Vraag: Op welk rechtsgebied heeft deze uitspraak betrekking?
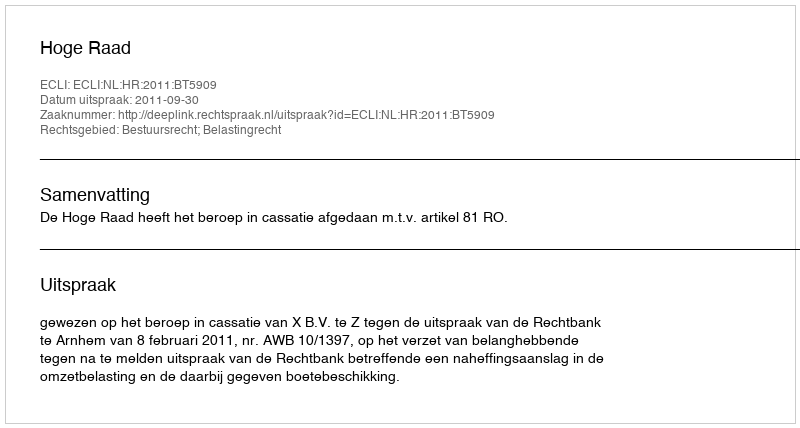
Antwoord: Bestuursrecht; Belastingrecht